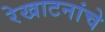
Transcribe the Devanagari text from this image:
रेखाटनांचे